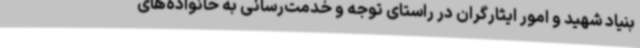
بنیاد شهید و امور ایثارگران در راستای توجه و خدمت‌رسانی به خانواده‌های